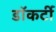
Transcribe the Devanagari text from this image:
डॉकर्टी